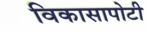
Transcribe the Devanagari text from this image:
विकासापोटी